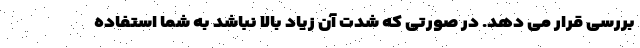
بررسی قرار می دهد. در صورتی که شدت آن زیاد بالا نباشد به شما استفاده